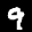
Label: 9